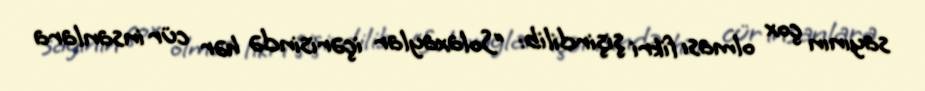
sayının çox olması fikri şişirdilib: “Solaxaylar içərisində hər cür insanlara